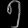
Digit: ၅